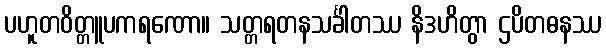
ပဟူတဝိတ္တူပကရဏော။ သတ္တရတနသင်္ခါတဿ နိဒဟိတွာ ဌပိတဓနဿ